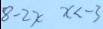
8 - 2 x x < - 3